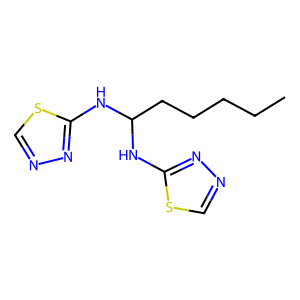
SMILES: CCCCCC(Nc1nncs1)Nc1nncs1
Inhibits HIV replication: No